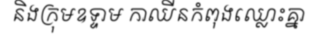
និងក្រុមឧទ្ទាម កាឈីនកំពុងឈ្លោះគ្នា